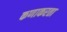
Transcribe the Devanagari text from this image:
कणाकरता